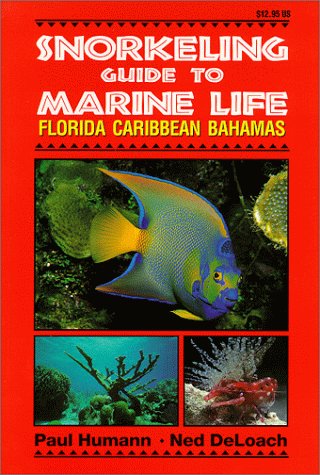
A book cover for Snorkeling Guide to Marine Life Florida, Caribbean, Bahamas; Paul Humann; Sports & Outdoors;